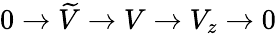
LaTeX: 0\rightarrow\widetilde{V}\rightarrow V\rightarrow V_{z}\rightarrow 0